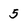
Character: 5